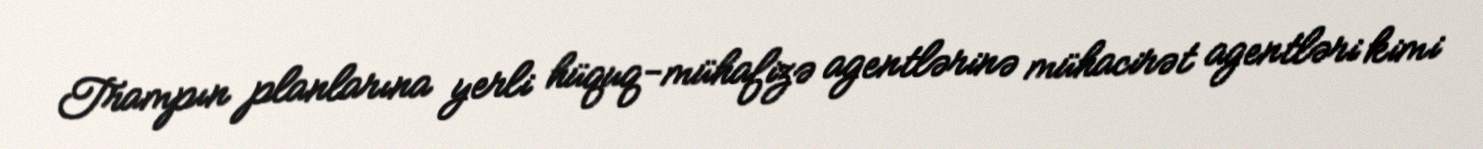
Trampın planlarına yerli hüquq-mühafizə agentlərinə mühacirət agentləri kimi